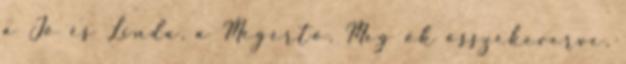
a Jó és Linda, a Megértő. Meg ők összekeverve.